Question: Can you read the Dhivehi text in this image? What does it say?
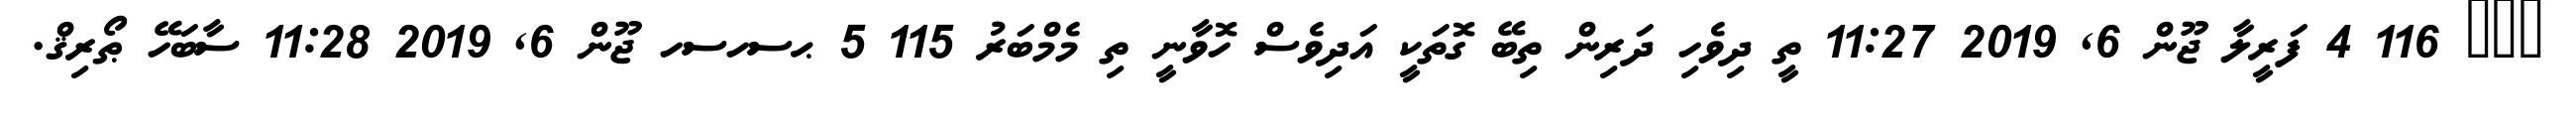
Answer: ??? 116 4 ފަރީލާ ޖޫން 6, 2019 11:27 ތީ ދިވެހި ދަރިން ތިބޭ ގޮތަކީ އަދިވެސް ހޮވާނީ ތި މެމްބަރު 115 5 ޙސހސހ ޖޫން 6, 2019 11:28 ސާބަހޭ ޠޯރިޤް.